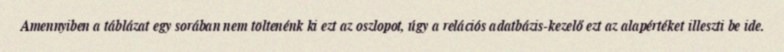
Amennyiben a táblázat egy sorában nem töltenénk ki ezt az oszlopot, úgy a relációs adatbázis-kezelő ezt az alapértéket illeszti be ide.